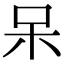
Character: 呆